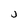
Character: j